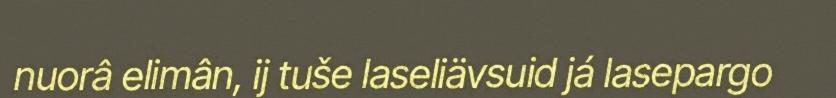
nuorâ elimân, ij tuše laseliävsuid já lasepargo